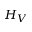
H _ { V }